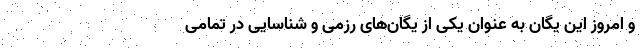
و امروز این یگان به عنوان یکی از یگان‌های رزمی و شناسایی در تمامی